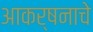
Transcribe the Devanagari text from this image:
आकर्षनाचे